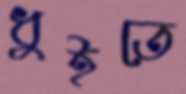
ধুইতে